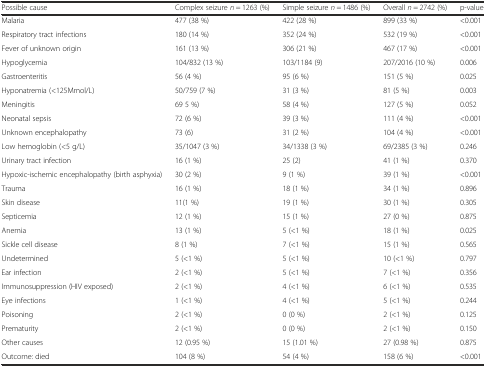
<table><thead><tr><td><b>Possible cause</b></td><td><b>Complex seizure <i>n</i> = 1263 (%)</b></td><td><b>Simple seizure <i>n</i> = 1486 (%)</b></td><td><b>Overall <i>n</i> = 2742 (%)</b></td><td><b>p-value</b></td></tr></thead><tbody><tr><td>Malaria</td><td>477 (38 %)</td><td>422 (28 %)</td><td>899 (33 %)</td><td>&lt;0.001</td></tr><tr><td>Respiratory tract infections</td><td>180 (14 %)</td><td>352 (24 %)</td><td>532 (19 %)</td><td>&lt;0.001</td></tr><tr><td>Fever of unknown origin</td><td>161 (13 %)</td><td>306 (21 %)</td><td>467 (17 %)</td><td>&lt;0.001</td></tr><tr><td>Hypoglycemia</td><td>104/832 (13 %)</td><td>103/1184 (9)</td><td>207/2016 (10 %)</td><td>0.006</td></tr><tr><td>Gastroenteritis</td><td>56 (4 %)</td><td>95 (6 %)</td><td>151 (5 %)</td><td>0.025</td></tr><tr><td>Hyponatremia (&lt;125Mmol/L)</td><td>50/759 (7 %)</td><td>31 (3 %)</td><td>81 (5 %)</td><td>0.003</td></tr><tr><td>Meningitis</td><td>69 5 %)</td><td>58 (4 %)</td><td>127 (5 %)</td><td>0.052</td></tr><tr><td>Neonatal sepsis</td><td>72 (6 %)</td><td>39 (3 %)</td><td>111 (4 %)</td><td>&lt;0.001</td></tr><tr><td>Unknown encephalopathy</td><td>73 (6)</td><td>31 (2 %)</td><td>104 (4 %)</td><td>&lt;0.001</td></tr><tr><td>Low hemoglobin (&lt;5 g/L)</td><td>35/1047 (3 %)</td><td>34/1338 (3 %)</td><td>69/2385 (3 %)</td><td>0.246</td></tr><tr><td>Urinary tract infection</td><td>16 (1 %)</td><td>25 (2)</td><td>41 (1 %)</td><td>0.370</td></tr><tr><td>Hypoxic-ischemic encephalopathy (birth asphyxia)</td><td>30 (2 %)</td><td>9 (1 %)</td><td>39 (1 %)</td><td>&lt;0.001</td></tr><tr><td>Trauma</td><td>16 (1 %)</td><td>18 (1 %)</td><td>34 (1 %)</td><td>0.896</td></tr><tr><td>Skin disease</td><td>11(1 %)</td><td>19 (1 %)</td><td>30 (1 %)</td><td>0.305</td></tr><tr><td>Septicemia</td><td>12 (1 %)</td><td>15 (1 %)</td><td>27 (0 %)</td><td>0.875</td></tr><tr><td>Anemia</td><td>13 (1 %)</td><td>5 (&lt;1 %)</td><td>18 (1 %)</td><td>0.025</td></tr><tr><td>Sickle cell disease</td><td>8 (1 %)</td><td>7 (&lt;1 %)</td><td>15 (1 %)</td><td>0.565</td></tr><tr><td>Undetermined</td><td>5 (&lt;1 %)</td><td>5 (&lt;1 %)</td><td>10 (&lt;1 %)</td><td>0.797</td></tr><tr><td>Ear infection</td><td>2 (&lt;1 %)</td><td>5 (&lt;1 %)</td><td>7 (&lt;1 %)</td><td>0.356</td></tr><tr><td>Immunosuppression (HIV exposed)</td><td>2 (&lt;1 %)</td><td>4 (&lt;1 %)</td><td>6 (&lt;1 %)</td><td>0.535</td></tr><tr><td>Eye infections</td><td>1 (&lt;1 %)</td><td>4 (&lt;1 %)</td><td>5 (&lt;1 %)</td><td>0.244</td></tr><tr><td>Poisoning</td><td>2 (&lt;1 %)</td><td>0 (0 %)</td><td>2 (&lt;1 %)</td><td>0.125</td></tr><tr><td>Prematurity</td><td>2 (&lt;1 %)</td><td>0 (0 %)</td><td>2 (&lt;1 %)</td><td>0.150</td></tr><tr><td>Other causes</td><td>12 (0.95 %)</td><td>15 (1.01 %)</td><td>27 (0.98 %)</td><td>0.875</td></tr><tr><td>Outcome: died</td><td>104 (8 %)</td><td>54 (4 %)</td><td>158 (6 %)</td><td>&lt;0.001</td></tr></tbody></table>